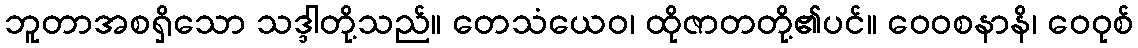
ဘူတာအစရှိသော သဒ္ဒါတို့သည်။ တေသံယေဝ၊ ထိုဇာတတို့၏ပင်။ ဝေဝစနာနိ၊ ဝေဝုစ်